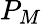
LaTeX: P_{M}